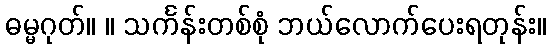
ဓမ္မဂုတ်။ ။ သင်္ကန်းတစ်စုံ ဘယ်လောက်ပေးရတုန်း။